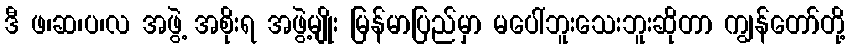
ဒီ ဖ၊ဆ၊ပ၊လ အဖွဲ့ အစိုးရ အဖွဲ့မျိုး မြန်မာပြည်မှာ မပေါ်ဘူးသေးဘူးဆိုတာ ကျွန်တော်တို့